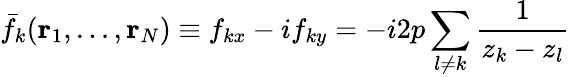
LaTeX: \bar{f}_{k}({\mathbf r}_{1},...,{\mathbf r}_{N})\equiv f_{kx}-if_{ky}=-i2p\sum_{l\neq k}\frac{1}{z_{k}-z_{l}}